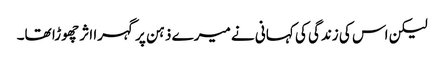
لیکن اس کی زندگی کی کہانی نے میرے ذہن پر گہرا اثر چھوڑا تھا۔